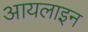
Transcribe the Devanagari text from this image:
आयलाइन